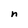
Character: n